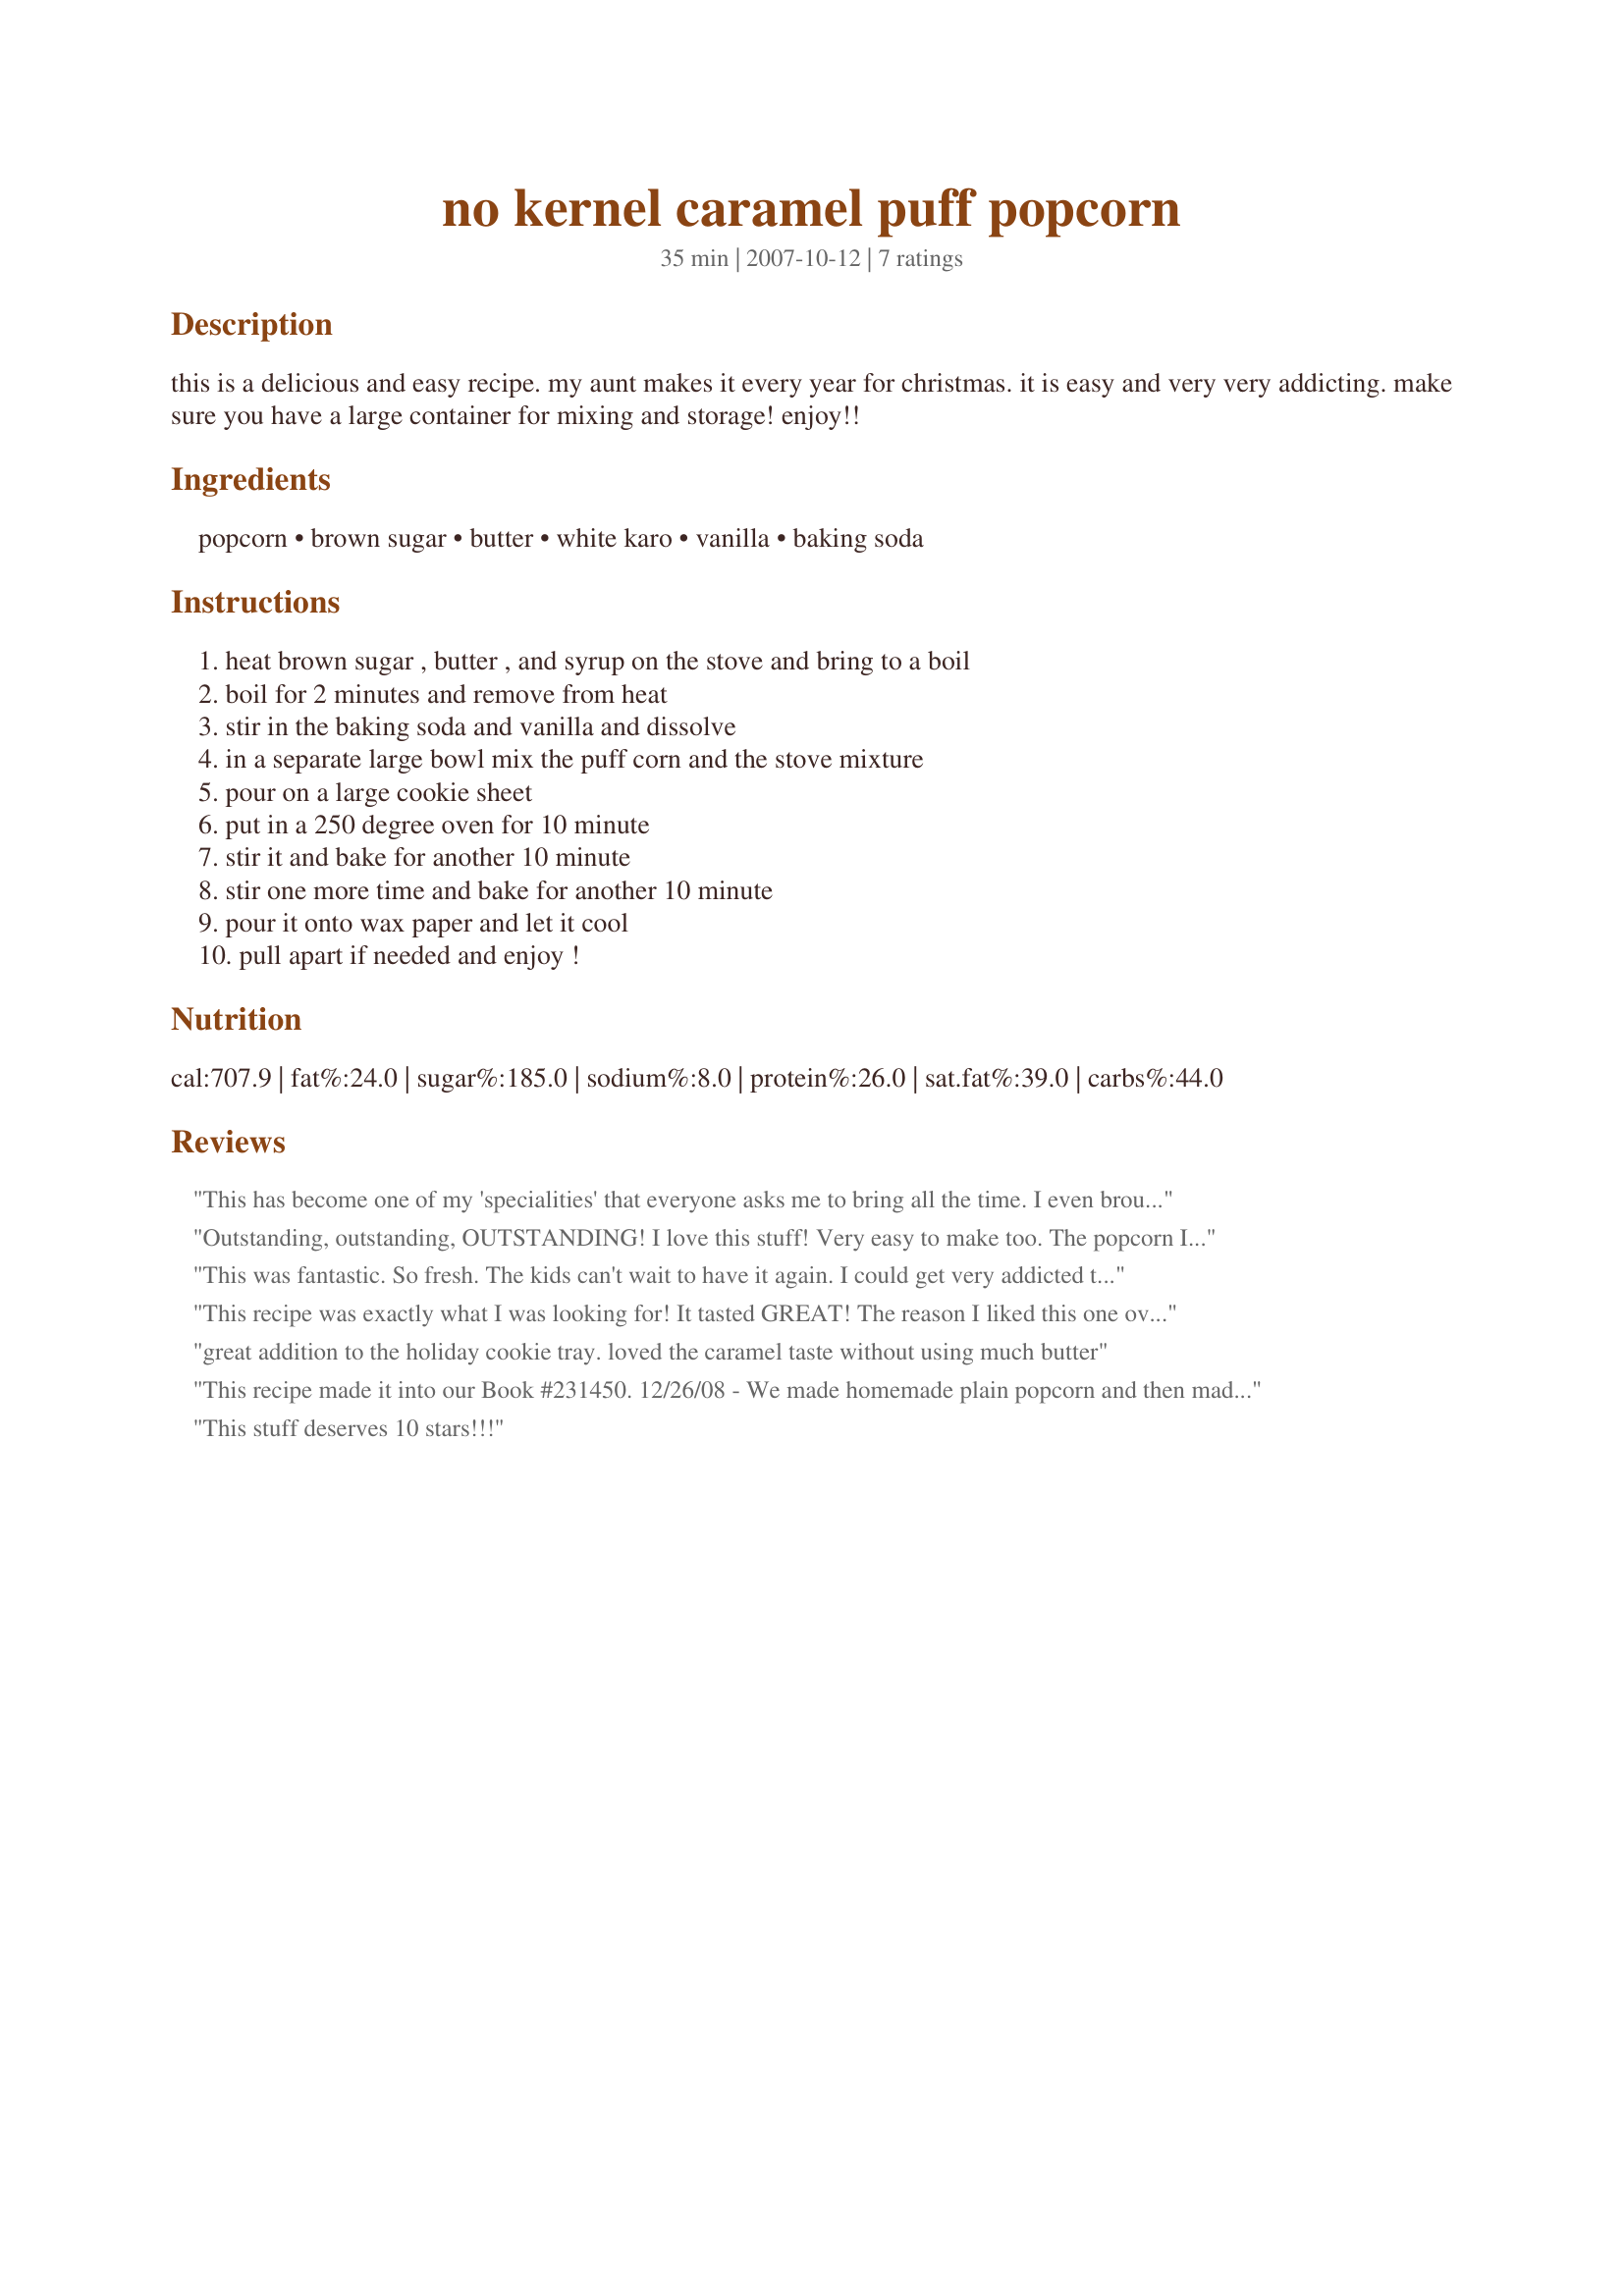
no kernel caramel puff popcorn
Preparation time: 35 minutes

this is a delicious and easy recipe. my aunt makes it every year for christmas. it is easy and very very addicting. make sure you have a large container for mixing and storage! enjoy!!

Ingredients:
popcorn, brown sugar, butter, white karo, vanilla, baking soda

Steps:
heat brown sugar , butter , and syrup on the stove and bring to a boil, boil for 2 minutes and remove from heat, stir in the baking soda and vanilla and dissolve, in a separate large bowl mix the puff corn and the stove mixture, pour on a large cookie sheet, put in a 250 degree oven for 10 minute, stir it and bake for another 10 minute, stir one more time and bake for another 10 minute, pour it onto wax paper and let it cool, pull apart if needed and enjoy !

Reviews:
This has become one of my 'specialities' that everyone asks me to bring all the time. I even brought some to a community concert event and a deaf little boy befriended me for it. He would run by me and ask for more in sigh lanuage and then take off running with the other children. Before long I had kids of all ages coming up asking for some. It was the highlight of the evening to me. The boy's mom emailed me the next day asking for the recipe so she could make it for the family on a regular basis. I have also used it to candy almonds using almond extract. WOW is it fantastic too!! Thank you so much for sharing such an easy recipe!!!
Outstanding, outstanding, OUTSTANDING! I love this stuff! Very easy to make too. The popcorn I bought was lightly salted and it was perfect with the creamy buttery topping. This is a treat I'll make often - thanks for posting!
This was fantastic. So fresh. The kids can't wait to have it again. I could get very addicted to this stuff. Made for Favorites in 2008 tag game, recommended by 2Bleu!
This recipe was exactly what I was looking for! It tasted GREAT! The reason I liked this one over the others is it uses vanilla and the others didn't! It was easy to follow, and they came out perfect! Thanks for a great recipe....this one is a keeper for sure!
great addition to the holiday cookie tray. loved the caramel taste without using much butter
This recipe made it into our Book #231450. 12/26/08 - We made homemade plain popcorn and then made this recipe. We sprinkled salt on it before baking for that sweet/salty flavor that everyone loves. Next time we will add some honey roasted peanuts to the mix. Thanks for sharing this great recipe. :)
This stuff deserves 10 stars!!!
